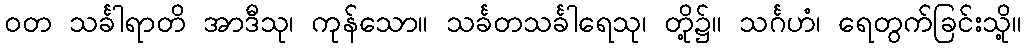
ဝတ သင်္ခါရာတိ အာဒီသု၊ ကုန်သော။ သင်္ခတသင်္ခါရေသု၊ တို့၌။ သင်္ဂဟံ၊ ရေတွက်ခြင်းသို့။